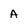
Character: A